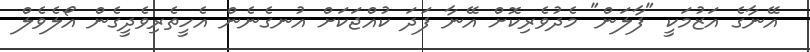
އޭނާގެ އަޒުމަކީ "ފާލަން" މެދުވެރިކޮށް އޭނާ ފަދަ ކުއްޖަކަށް އުނގެނެން އެހީތެރިވެދީގެން އޯލެވެލް